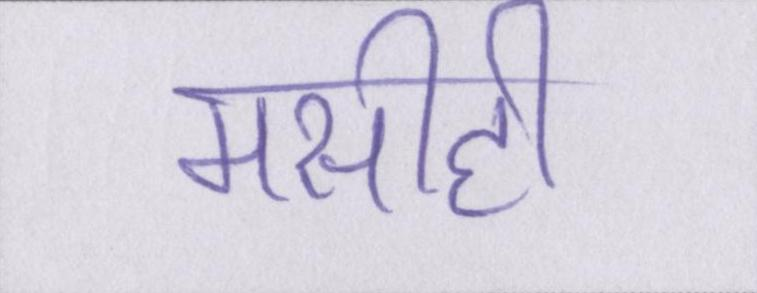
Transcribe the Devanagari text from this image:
मसीही